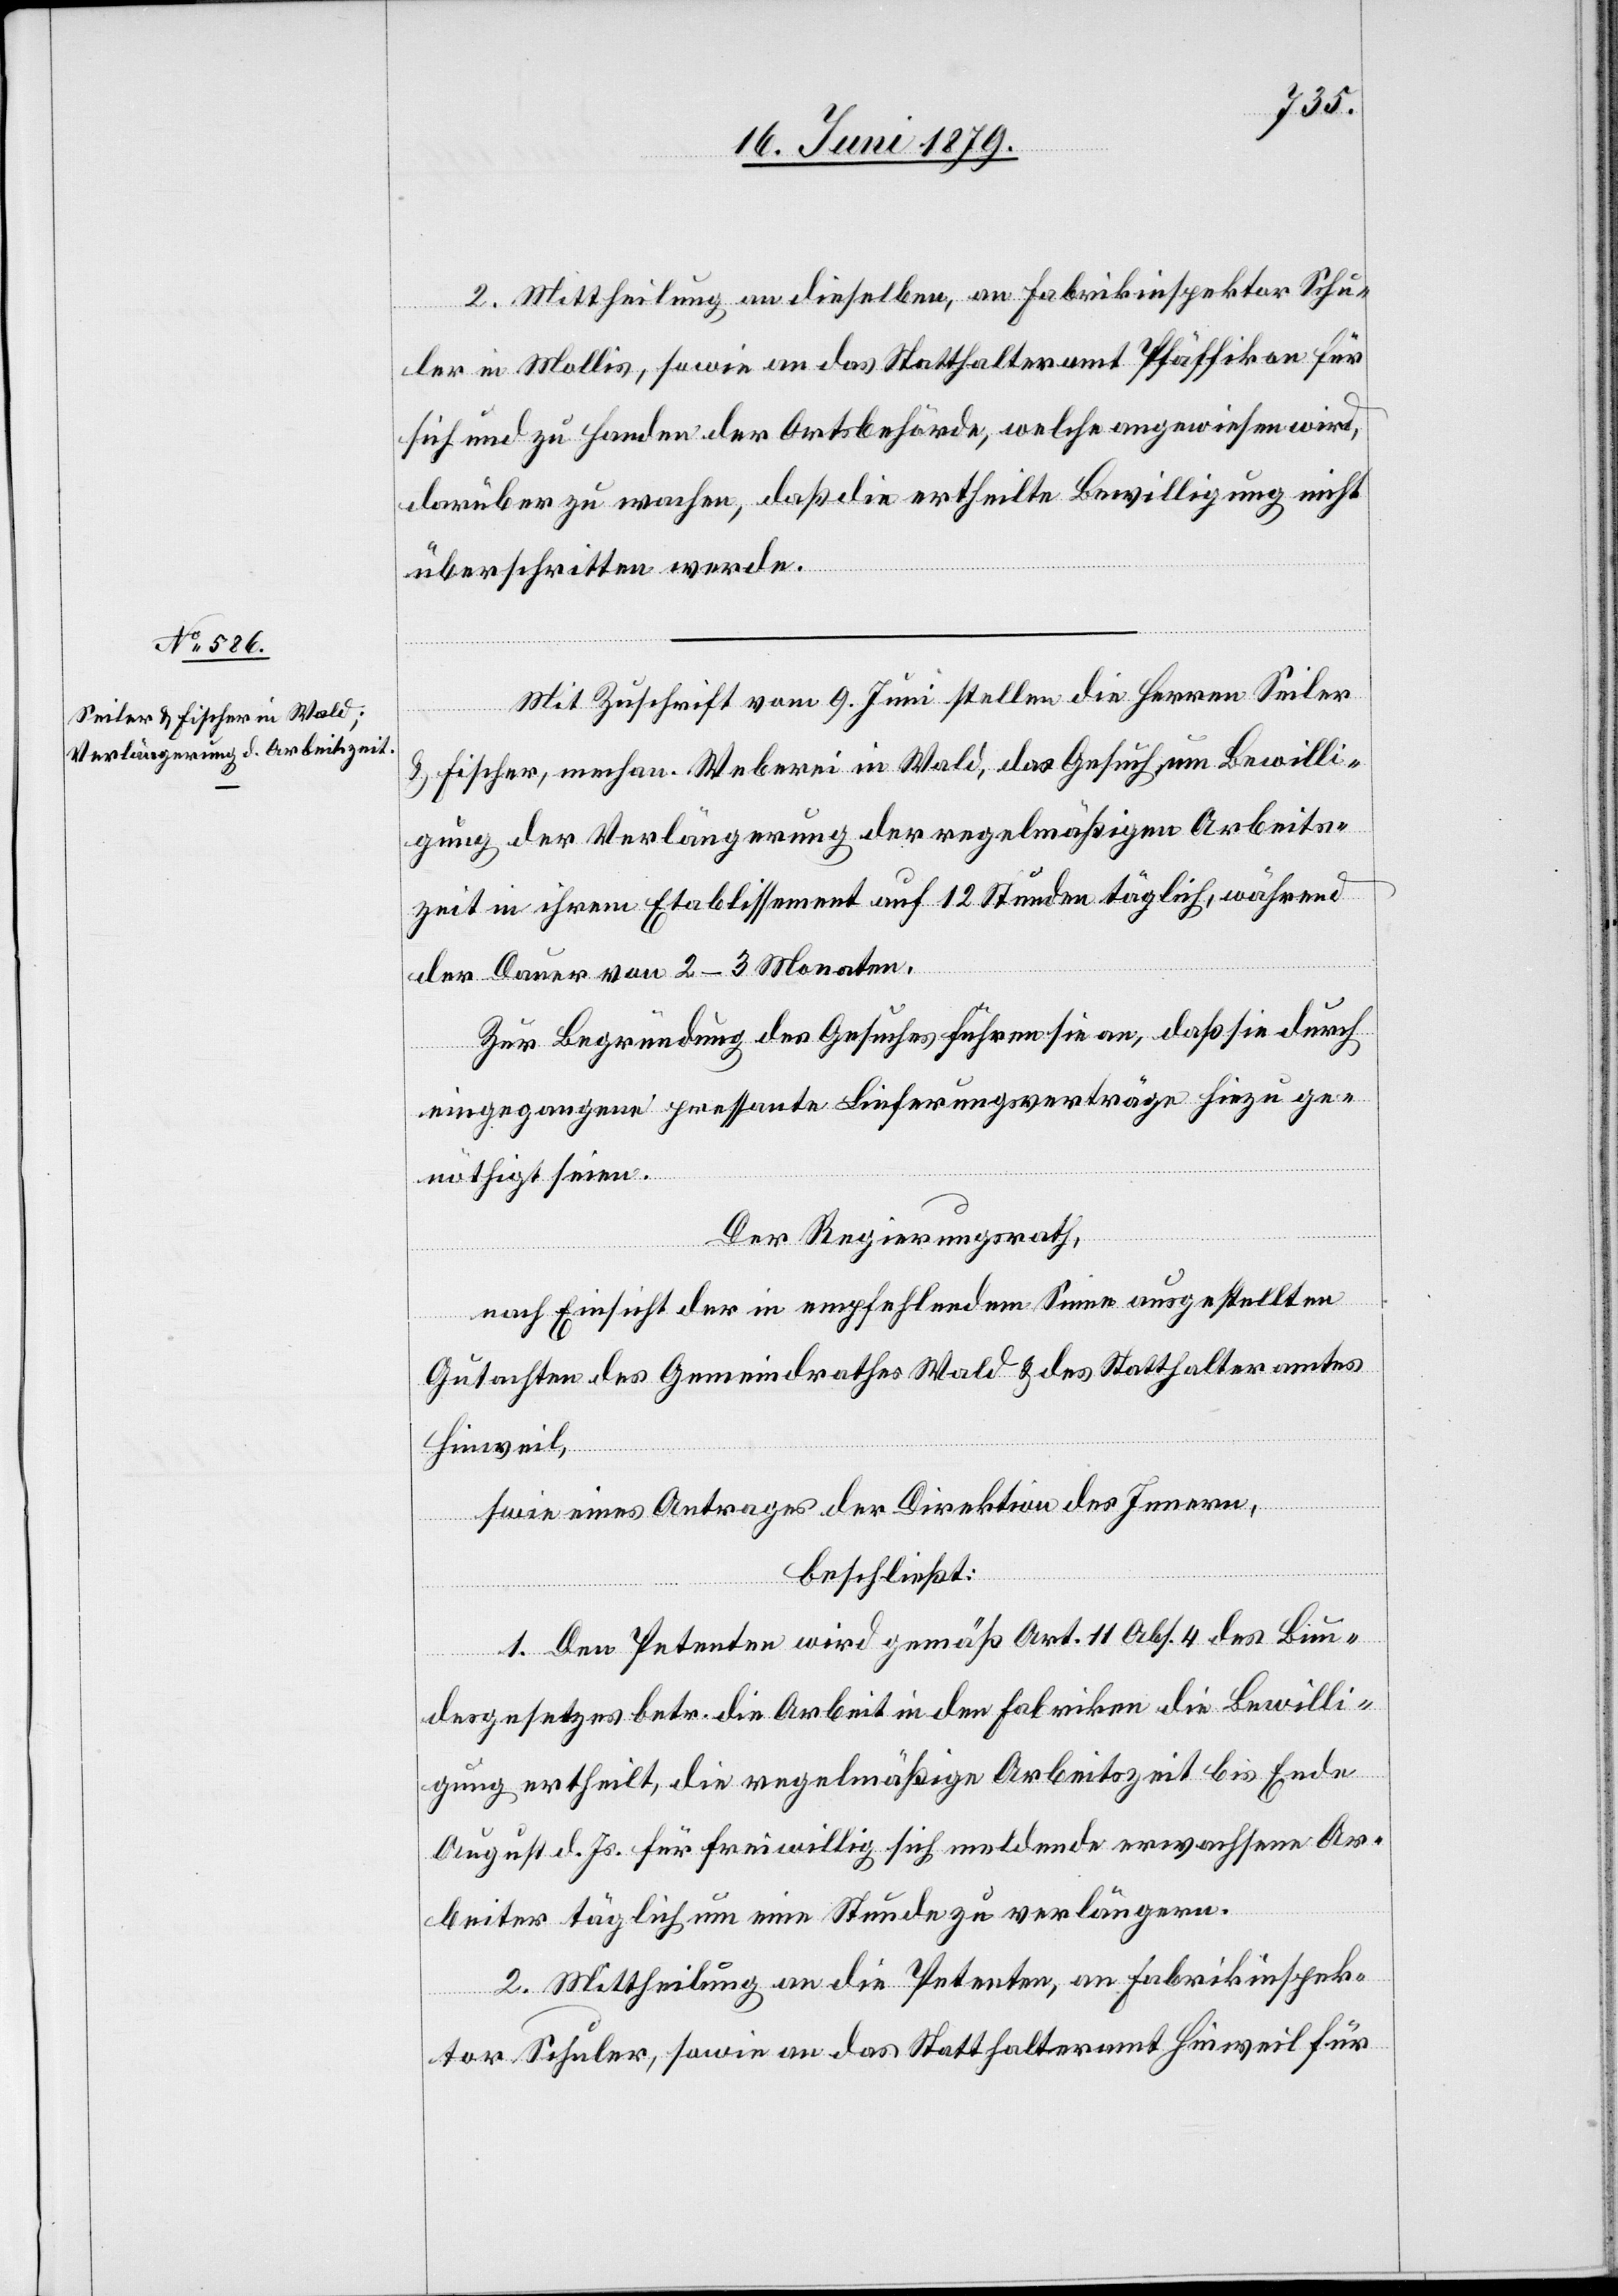
18. Juni 1879.]
2. Mittheilung an dieselben, an Fabrikinspektor Schu¬
ler in Mollis, sowie an das Statthalteramt Pfäffikon für
sich und zu Handen der Ortsbehörde, welche angewiesen wird,
darüber zu wachen, daß die ertheilte Bewilligung nicht
überschritten werde.
Mit Zuschrift vom 9. Juni stellen die Herren Seiler
& Fischer, mechan. Weberei in Wald, das Gesuch, um Bewilli¬
gung der Verlängerung der regelmäßigen Arbeits¬
zeit in ihrem Etablissement auf 12 Stunden täglich, während
der Dauer von 2–3 Monaten.
Zur Begründung des Gesuches führen sie an, daß sie durch
eingegangene pressante Lieferungsverträge hiezu ge¬
nöthigt seien.
Der Regierungsrath,
nach Einsicht der in empfehlendem Sinne ausgestellten
Gutachten des Gemeindrathes Wald & des Statthalteramtes
Hinweil,
s[o]wie eines Antrages der Direktion des Innern,
beschließt:
1. Den Petenten wird gemäß Art. 11 Abs. 4 des Bun¬
desgesetzes betr. die Arbeit in den Fabriken die Bewilli¬
gung ertheilt, die regelmäßige Arbeitszeit bis Ende
August d. Js. für freiwillig sich meldende erwachsene Ar¬
beiter täglich um eine Stunde zu verlängern.
2. Mittheilung an die Petenten, an Fabrikinspek¬
tor Schuler, sowie an das Statthalteramt Hinweil für